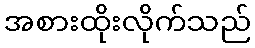
အစားထိုးလိုက်သည်